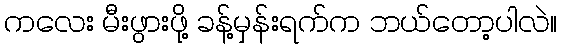
ကလေး မီးဖွားဖို့ ခန့်မှန်းရက်က ဘယ်တော့ပါလဲ။